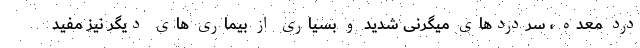
درد معده ، سردردهای میگرنی شدید و بسیاری از بیماری های دیگر نیز مفید